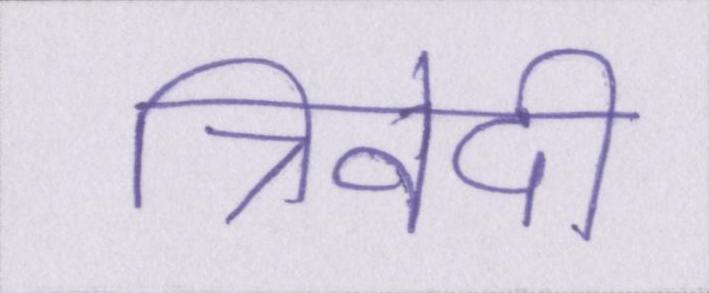
त्रिवेदी